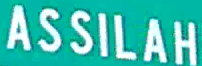
ASSILAH